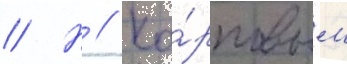
// Н // Ка́рповым